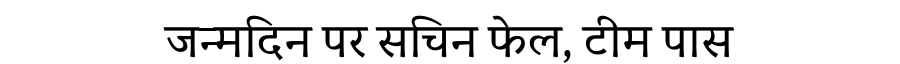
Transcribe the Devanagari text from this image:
जन्मदिन पर सचिन फेल, टीम पास